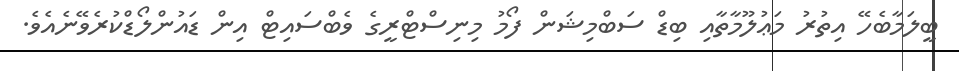
ބީލަމާބެހޭ އިތުރު މަޢުލޫމާތާއި ބިޑް ސަބްމިޝަން ފޯމު މިނިސްޓްރީގެ ވެބްސައިޓް އިން ޑައުންލޯޑްކުރެވޭނެއެވެ.